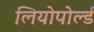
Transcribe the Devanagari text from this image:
लियोपोर्ल्ड